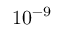
1 0 ^ { - 9 }